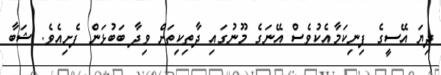
ދިޔަ އޭސީގެ ފިނިކަމާއެކުވެސް އޭނަގެ މޫނުގައި ދާތިކިތަށް ވިދާ ބަބުޅަން ފެށިއެވެ. ޝަބާ